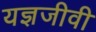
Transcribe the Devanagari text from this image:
यज्ञजीवी